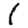
Digit: 1